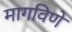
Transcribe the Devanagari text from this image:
मागविणे